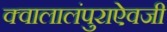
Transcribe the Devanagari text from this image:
क्वालालंपुराऐवजी